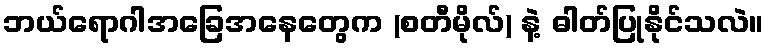
ဘယ်ရောဂါအခြေအနေတွေက (စတီမိုလ်) နဲ့ ဓါတ်ပြုနိုင်သလဲ။